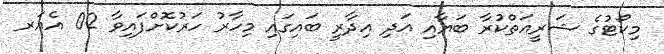
މިކޯޓުގެ ޝަރީޢަތްކުރާ ބަޔާއި އަދި އިދާރީ ބައިގައި މިހާރު ހަރުކޮށްފައިވާ 02 އެއަރ